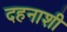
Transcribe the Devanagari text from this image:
दहनाशी